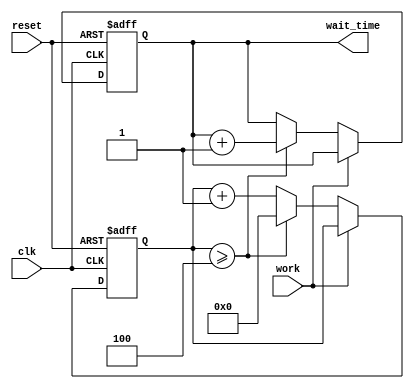
module wait_time_module (reset, work, clk, wait_time); 
input  clk,work,reset;
output [11:0] wait_time;
reg [11:0] wait_time;
reg [5:0] i;
always @ (posedge clk or negedge reset)
begin
	if(!reset) 
	begin
		wait_time <= 0;
		i <= 0;
	end
	else if (work == 0)
	begin
		if(i >= 4)
			begin
				wait_time <= wait_time +1;
				i <= 0;
			end
		else i <= i+1;
	end
end
endmodule